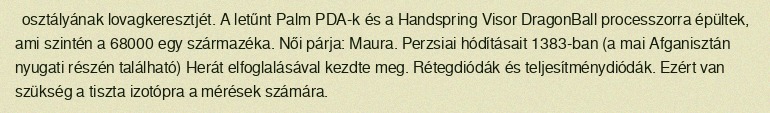
osztályának lovagkeresztjét. A letűnt Palm PDA-k és a Handspring Visor DragonBall processzorra épültek, ami szintén a 68000 egy származéka. Női párja: Maura. Perzsiai hódításait 1383-ban (a mai Afganisztán nyugati részén található) Herát elfoglalásával kezdte meg. Rétegdiódák és teljesítménydiódák. Ezért van szükség a tiszta izotópra a mérések számára.